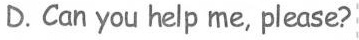
D.Can you help me，please?